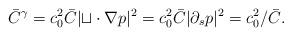
LaTeX: \begin{align*} \bar{C}^\gamma &= c_0^2 \bar{C} | \mathcal{t}\cdot \nabla p|^2 = c_0^2 \bar{C} |\partial_s p|^2 = c_0^2/\bar C. \end{align*}